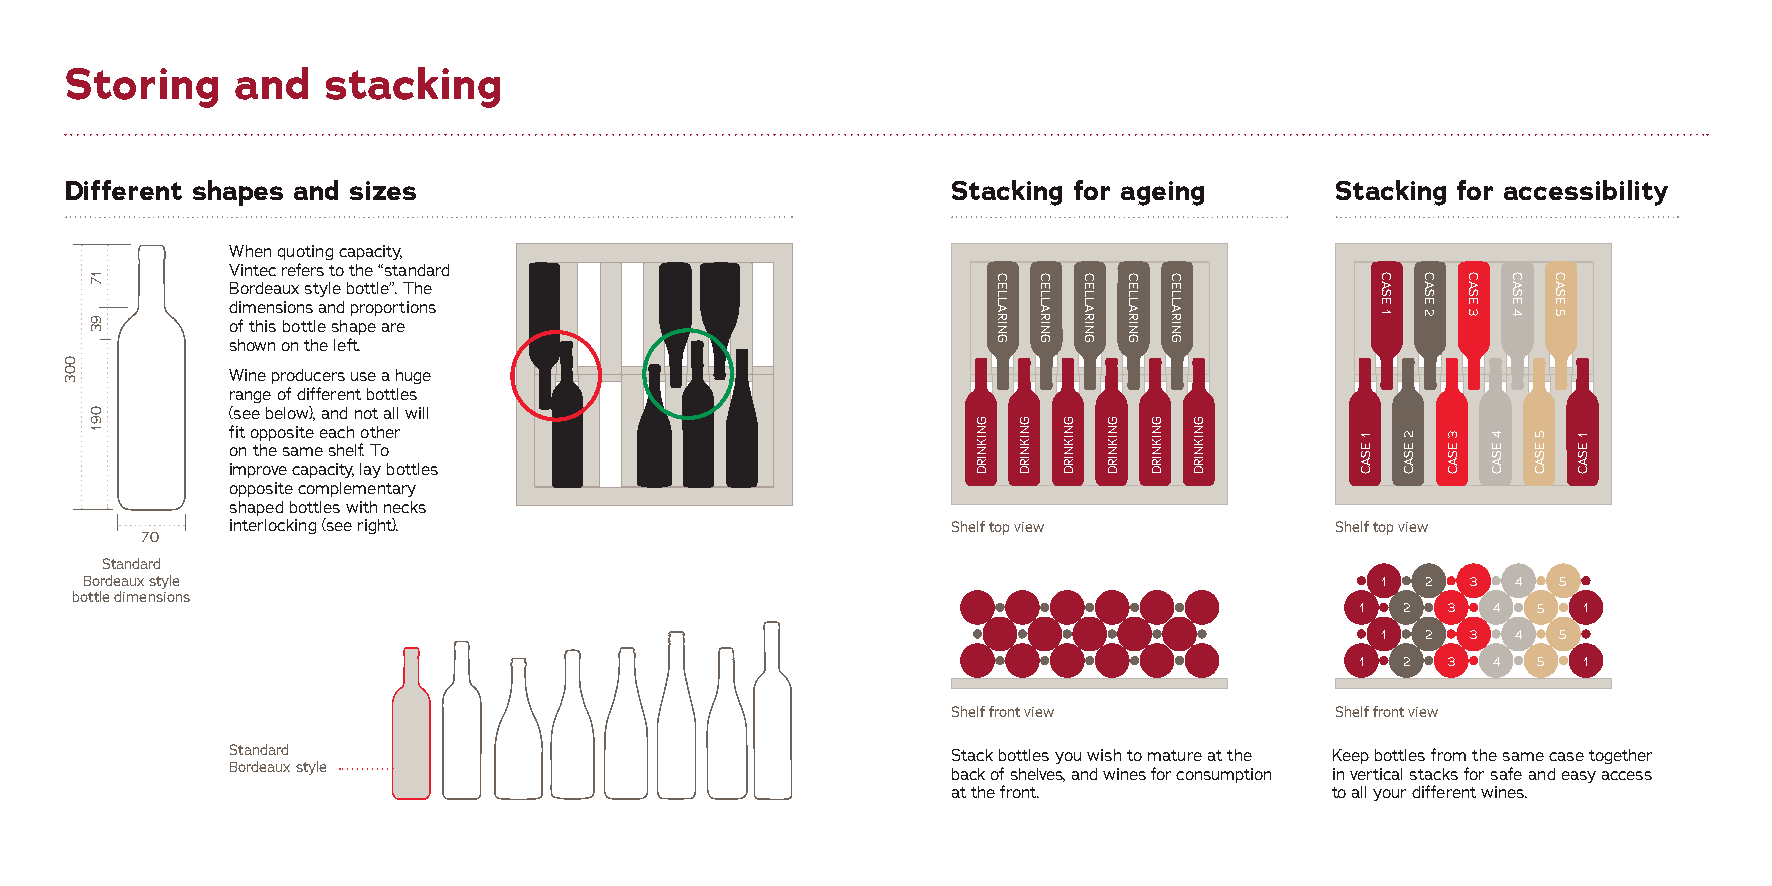
Storing     and  stacking
 Different shapes and sizes                                 Stacking for ageing      Stacking for accessibility
 When quoting capacity,
 Vintec refers to the “standard
 Bordeaux style bottle”. The
 dimensions and proportions
 of this bottle shape are
 shown on the left.
 Wine producers use a huge
 range of different bottles
 (see below), and not all will
 fit opposite each other
 on the same shelf. To
 improve capacity, lay bottles
 opposite complementary
 shaped bottles with necks
 interlocking (see right).                       Shelf top view           Shelf top view
 70
 Standard
 Bordeaux style                                                                        1  2  3  4  5
 bottle dimensions
 1  2  3  4  5  1
 1  2  3  4  5
 1  2  3  4  5  1
 Shelf front view         Shelf front view
 Standard                                        Stack bottles you wish to mature at the Keep bottles from the same case together
 Bordeaux style                                  back of shelves, and wines for consumption in vertical stacks for safe and easy access
 at the front.            to all your different wines.
 003
 17
 93
 091
 GNIKNIRD
 CELLARING
 GNIKNIRD
 CELLARING
 GNIKNIRD
 CELLARING
 GNIKNIRD
 CELLARING
 GNIKNIRD
 CELLARING
 GNIKNIRD
 1
 ESAC
 CASE
 1
 2
 ESAC
 CASE
 2
 3
 ESAC
 CASE
 3
 4
 ESAC
 CASE
 4
 5
 ESAC
 CASE
 5
 1
 ESAC